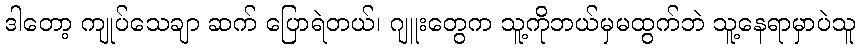
ဒါတော့ ကျုပ်သေချာ ဆက် ပြောရဲတယ်၊ ဂျူးတွေက သူ့ကိုဘယ်မှမထွက်ဘဲ သူ့နေရာမှာပဲသူ